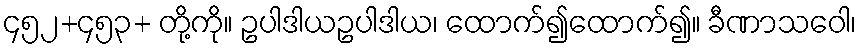
၄၅၂+၄၅၃+ တို့ကို။ ဥပါဒါယဥပါဒါယ၊ ထောက်၍ထောက်၍။ ခီဏာသဝေါ၊